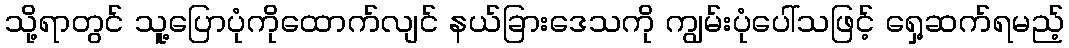
သို့ရာတွင် သူ့ပြောပုံကိုထောက်လျင် နယ်ခြားဒေသကို ကျွမ်းပုံပေါ်သဖြင့် ရှေ့ဆက်ရမည့်